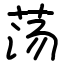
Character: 荡